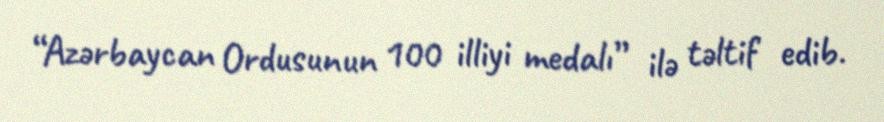
“Azərbaycan Ordusunun 100 illiyi medalı” ilə təltif edib.